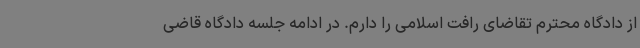
از دادگاه محترم تقاضای رافت اسلامی را دارم. در ادامه جلسه دادگاه قاضی